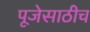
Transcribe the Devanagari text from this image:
पूजेसाठीच